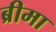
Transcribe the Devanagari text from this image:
ब्रीमा